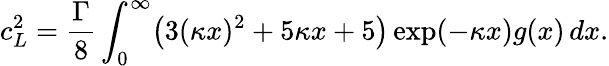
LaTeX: c_{L}^{2}=\frac{\Gamma}{8}\int_{0}^{\infty}\bigl(3(\kappa x)^{2}+5\kappa x+5\bigr)\exp(-\kappa x)g(x)\, dx.